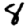
Digit: 8